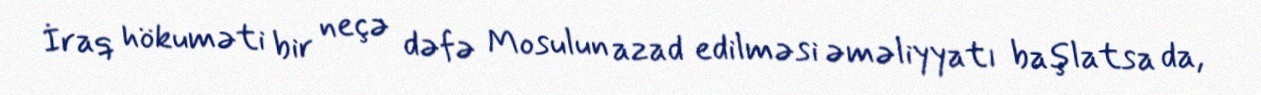
İraq hökuməti bir neçə dəfə Mosulun azad edilməsi əməliyyatı başlatsa da,